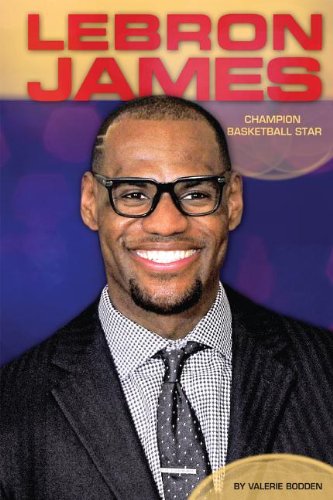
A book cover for Lebron James: Champion Basketball Star (Contemporary Lives); Valerie Bodden; Teen & Young Adult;